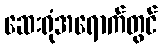
ဆေးရုံအရောက်တွင်